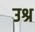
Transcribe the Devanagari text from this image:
उश्र